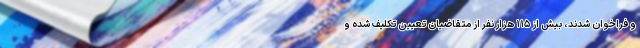
و فراخوان شدند، بیش از ۱۱۵ هزار نفر از متقاضیان تعیین تکلیف شده و